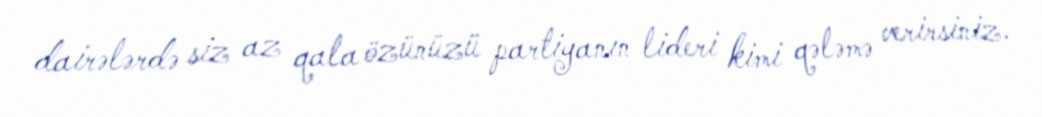
dairələrdə siz az qala özünüzü partiyanın lideri kimi qələmə verirsiniz.